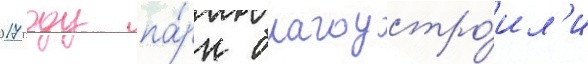
2017 году па́рк благоустро́ил'и